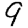
Digit: 9